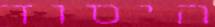
היסוד